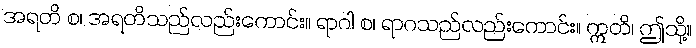
အရတိ စ၊ အရတိသည်လည်းကောင်း။ ရာဂါ စ၊ ရာဂသည်လည်းကောင်း။ ဣတိ၊ ဤသို့။